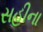
સહીના